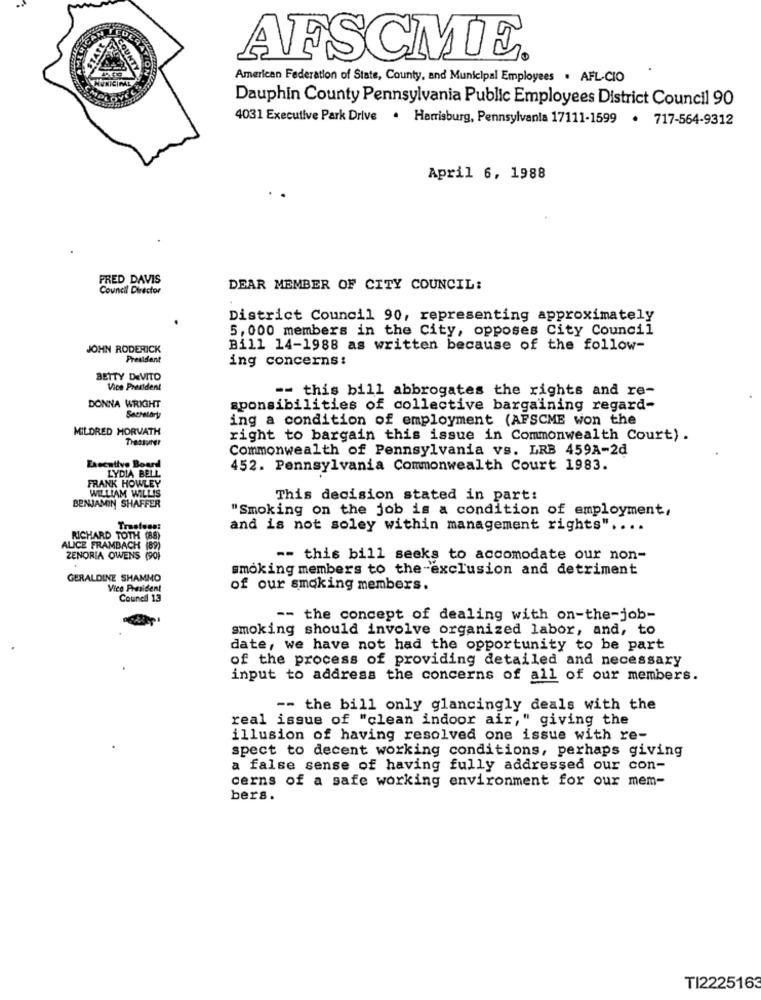
AFSCME.
MUNICIPAL
American Federation of State, County, and Municipal Employees . AFL-CIO
Dauphin County Pennsylvania Public Employees District Council 90
4031 Executive Park Drive . Harrisburg, Pennsylvania 17111-1599 . 717-564-9312
April 6, 1988
PRED DAVIS
Council Director
DEAR MEMBER OF CITY COUNCIL:
District Council 90, representing approximately
5, 000 members in the City, opposes City Council
JOHN RODERICK
Bill 14-1988 as written because of the follow-
President
ing concerns:
BETTY DEVITO
Vice President
-- this bill abbrogates the rights and re-
DONNA WRIGHT
aponsibilities of collective bargaining regard-
Secretary
ing a condition of employment (AFSCME won the
MILDRED HORVATH
Treasurer
right to bargain this issue in Commonwealth Court) .
Commonwealth of Pennsylvania vs. LRB 459A-2d
Executive Board
LYDIA BELL
452. Pennsylvania Commonwealth Court 1983.
FRANK HOWLEY
WILLIAM WILLIS
This decision stated in part:
BENJAMIN SHAFFER
"Smoking on the job is a condition of employment,
Trasless:
and is not soley within management rights" ....
RICHARD TOTH (88)
ALICE FRAMBACH (89)
ZENORIA OWENS (90)
-- this bill seeks to accomodate our non-
smoking members to the-exclusion and detriment
GERALDINE SHAMMO
Vice President
of our smoking members.
Council 13
-- the concept of dealing with on-the-job-
smoking should involve organized labor, and, to
date, we have not had the opportunity to be part
of the process of providing detailed and necessary
input to address the concerns of all of our members.
-- the bill only glancingly deals with the
real issue of "clean indoor air," giving the
illusion of having resolved one issue with re-
spect to decent working conditions, perhaps giving
a false sense of having fully addressed our con-
cerns of a safe working environment for our mem-
bers.
TI2225163